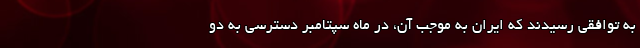
به توافقی رسیدند که ایران به موجب آن، در ماه سپتامبر دسترسی به دو